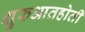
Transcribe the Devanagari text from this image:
शुरुआतहोती